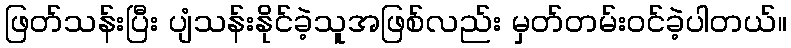
ဖြတ်သန်းပြီး ပျံသန်းနိုင်ခဲ့သူအဖြစ်လည်း မှတ်တမ်းဝင်ခဲ့ပါတယ်။